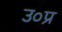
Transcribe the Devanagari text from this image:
उ०प्र